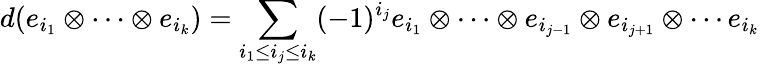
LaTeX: d(e_{i_{1}}\otimes\cdots\otimes e_{i_{k}})=\sum_{i_{1}\leq i_{j}\leq i_{k}}(-1)^{i_{j}}e_{i_{1}}\otimes\cdots\otimes e_{i_{j-1}}\otimes e_{i_{j+1}}\otimes\cdots e_{i_{k}}